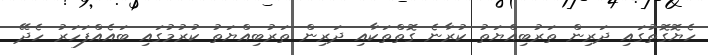
ހެޔޮގޮތުގައި ދަރިން ތަރުބިއްޔަތު ކުރާނެ ގޮތްތަކާއި ދަރިން ތަރުބިއްޔަތު ކުރުމުގައި ބައެއްފަހަރު ހެދޭ